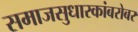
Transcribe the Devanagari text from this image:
समाजसुधारकांबरोबर